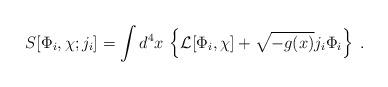
LaTeX: \begin{align*}S[\Phi_i, \chi; j_i] = \int d^4 x \, \left\{ {\cal L}[\Phi_i, \chi] + \sqrt{-g(x)} j_i \Phi_i \right\} \>.\end{align*}